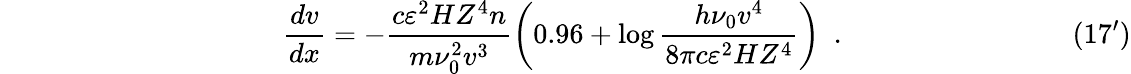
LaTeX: \qquad\qquad\qquad\qquad\qquad\frac{dv}{dx}=-\frac{c\varepsilon^{2}HZ^{4}n}{m\nu_{0}^{2}v^{3}}\left({0.96+\log\frac{h\nu_{0}v^{4}}{8\pi c\varepsilon^{2}HZ^{4}}}\right)~~.\qquad\qquad\qquad\qquad(17^{\prime})